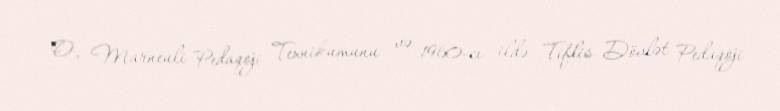
O, Marneuli Pedaqoji Texnikumunu və 1960-cı ildə Tiflis Dövlət Pedaqoji